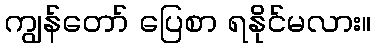
ကျွန်တော် ပြေစာ ရနိုင်မလား။